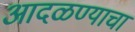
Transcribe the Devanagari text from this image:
आदळण्याचा